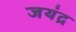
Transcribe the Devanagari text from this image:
जयंद्र